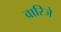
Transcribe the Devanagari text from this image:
वारिजे